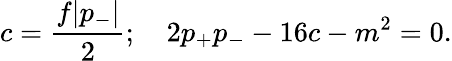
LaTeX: c={\frac{f|p_{-}|}{2}};\quad 2p_{+}p_{-}-16c-m^{2}=0.